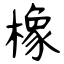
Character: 橡